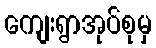
ကျေးရွာအုပ်စုမှ